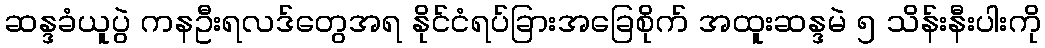
ဆန္ဒခံယူပွဲ ကနဦးရလဒ်တွေအရ နိုင်ငံရပ်ခြားအခြေစိုက် အထူးဆန္ဒမဲ ၅ သိန်းနီးပါးကို